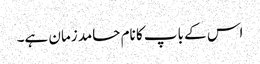
اس کے باپ کا نام حامد زمان ہے۔